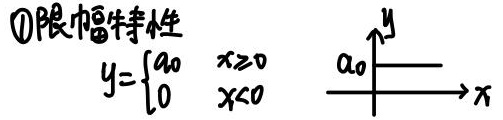
\textcircled{1}限幅特性
\[ y = \begin{cases}
a_0 & x\geq0 \\
0 & x<0
\end{cases} \]
![图像](这里因无法实际插入图像，需你根据实际情况自行处理图像相关部分) （注：原内容有图像但无法直接以纯LaTeX体现图像，仅给出文字和公式部分，图像部分你可结合实际情况进一步完善）